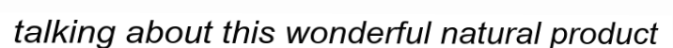
talking about this wonderful natural product